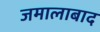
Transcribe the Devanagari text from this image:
जमालाबाद